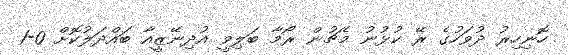
ހޮނިހިރު ދުވަހުގެ ރޭ ކުޅުނު މެޗުން ރޯމާ ބަލިވީ އުދިނޭޒީއާ ބައްދަލުކޮށް 0-1